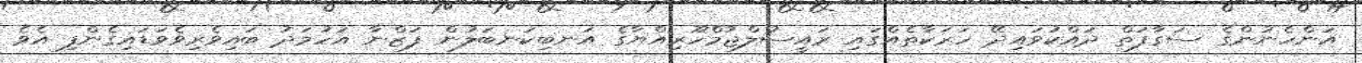
އަންހެނުންގެ ސަގާފަތް ދައްކުވައިދޭ ހަރަކާތެއްގައި ރައީސުލްޖުމްހޫރިއްޔާގެ އަނބިކަނބަލުން ފަޒްނާ އަހުމަދު ބައިވެރިވެވަޑައިގެންފި އެވެ